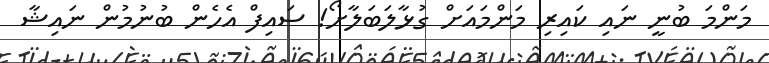
މަންމަ ބުނީ ނައި ކައިރި މަންމައަށް ގުޅާލަބަލާށޯ! ސައިފް އެހެން ބުނުމުން ނަައިޝާ